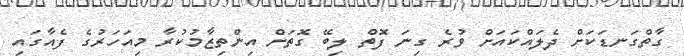
ގާތްގަނޑަކަށް ދެލައްކައަށް ވުރެ ގިނަ ފޮތް ލިބޭ ގޮތަށް އިންތިޒާމުކުރާ މިއަހަރުގެ ފެއާގައި